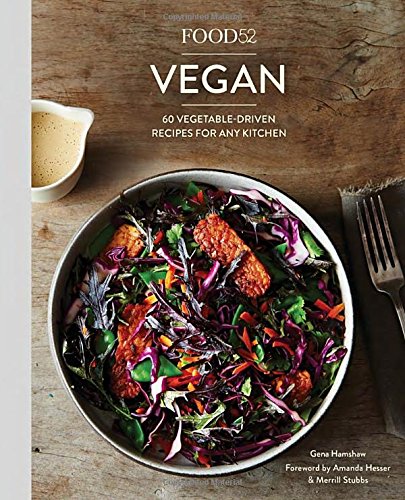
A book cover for Food52 Vegan: 60 Vegetable-Driven Recipes for Any Kitchen (Food52 Works); Gena Hamshaw; Cookbooks, Food & Wine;